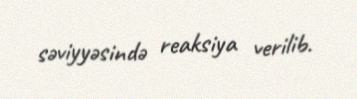
səviyyəsində reaksiya verilib.